Scientific memoirs by medical officers of the Army of India - Part IV,
Year: 1889
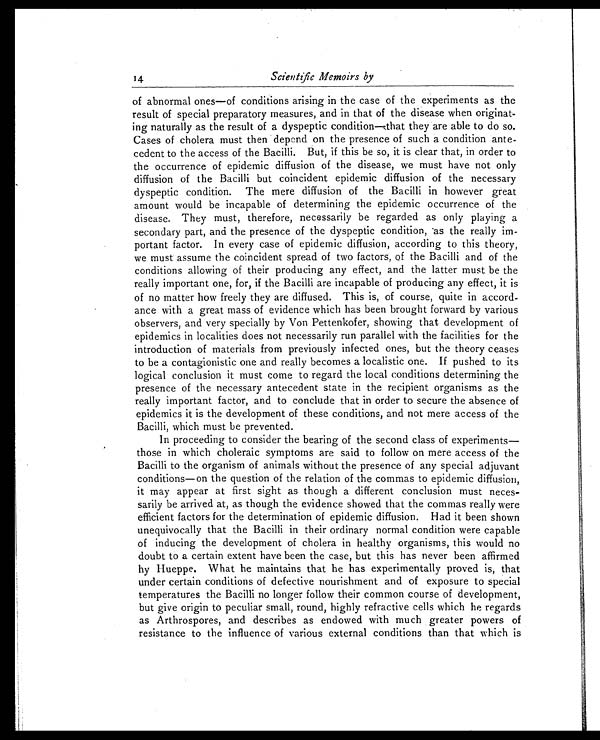
1 4
Scientific Memoirs by
of abnormal ones—of conditions arising in the case of the experiments as the
result of special preparatory measures, and in that of the disease when originat
- i n g n a t u r a l l y a s t h e r e s u l t o f a d y s p e p t i c c o n d i t i o n — t h a t t h e y a r e a b l e t o d o s o .
Cases of cholera must then depend on the presence of such a condition ante
-cedent to the access of the Bacilli. But, if this be so, it is clear that, in order to
the occurrence of epidemic diffusion of the disease, we must have not only
diffusion of the Bacilli but coincident epidemic diffusion of the necessary
dyspeptic condition. The mere diffusion of the Bacilli in however great
amount would be incapable of determining the epidemic occurrence of the
disease. They must, therefore, necessarily be regarded as only playing a
secondary part, and the presence of the dyspeptic condition, as the really im
-portant factor. In every case of epidemic diffusion, according to this theory,
we must assume the coincident spread of two factors, of the Bacilli and of the
conditions allowing of their producing any effect, and the latter must be the
really important one, for, if the Bacilli are incapable of producing any effect, it is
of no matter how freely they are diffused. This is, of course, quite in accord
-ance with a great mass of evidence which has been brought forward by various
observers, and very specially by Von Pettenkofer, showing that development of
epidemics in localities does not necessarily run parallel with the facilities for the
introduction of materials from previously infected ones, but the theory ceases
to be a contagionistic one and really becomes a localistic one. If pushed to its
logical conclusion it must come to regard the local conditions determining the
presence of the necessary antecedent state in the recipient organisms as the
really important factor, and to conclude that in order to secure the absence of
epidemics it is the development of these conditions, and not mere access of the
Bacilli, which must be prevented.
In proceeding to consider the bearing of the second class of experiments—
those in which choleraic symptoms are said to follow on mere access of the
Bacilli to the organism of animals without the presence of any special adjuvant
conditions—on the question of the relation of the commas to epidemic diffusion,
it may appear at first sight as though a different conclusion must neces
-sarily be arrived at, as though the evidence showed that the commas really were
efficient factors for the determination of epidemic diffusion. Had it been shown
unequivocally that the Bacilli in their ordinary normal condition were capable
of inducing the development of cholera in healthy organisms, this would no
doubt to a certain extent have been the case, but this has never been affirmed
by Hueppe. What he maintains that he has experimentally proved is, that
under certain conditions of defective nourishment and of exposure to special
temperatures the Bacilli no longer follow their common course of development,
but give origin to peculiar small, round, highly refractive cells which he regards
as Arthrospores, and describes as endowed with much greater powers of
resistance to the influence of various external conditions than that which is